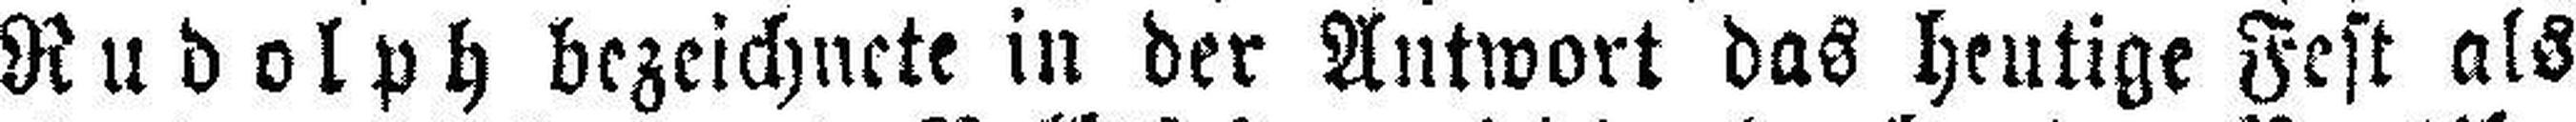
Rudolph bezeichnete in der Antwort das heutige Fest als